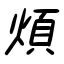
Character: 煩